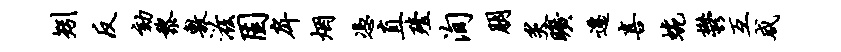
矧反劾黎敷滋固戽烟凭直殪洵朋炙旷迁喜蜿郁互咸